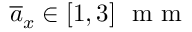
\overline { { a } } _ { x } \in \left[ 1 , 3 \right] \, \mathrm { ~ m ~ m ~ }